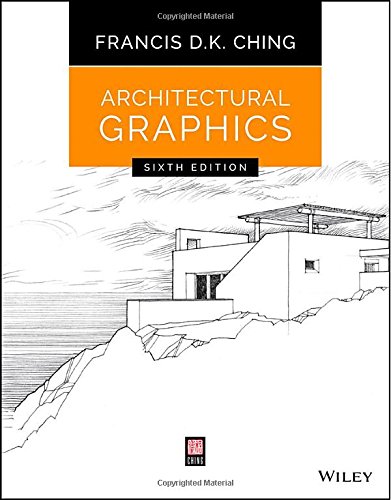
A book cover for Architectural Graphics; Francis D. K. Ching; Arts & Photography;